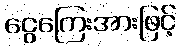
ငွေကြေးအားဖြင့်